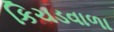
કિચડવાળા